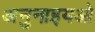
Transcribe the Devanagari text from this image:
अनुनाइयओ